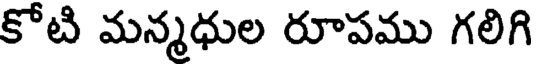
కోటి మన్మధుల రూపము గలిగి